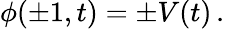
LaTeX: \phi(\pm 1,t)=\pm V(t)\, .